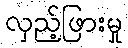
လှည့်ဖြားမှု